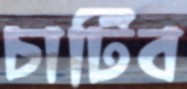
চাটিব